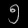
Digit: ၅